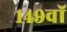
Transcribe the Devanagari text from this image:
१४९वॉ